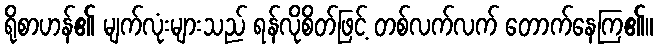
ရိုစာဟန်၏ မျက်လုံးများသည် ရန်လိုစိတ်ဖြင့် တစ်လက်လက် တောက်နေကြ၏။